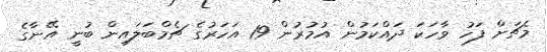
މެޗަށް ފަހު ވާހަކަ ދައްކަމުން އުމުރުން 19 އަހަރުގެ ޗެމްބަލައިން ބުނީ އޭނާގެ